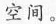
空间。